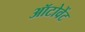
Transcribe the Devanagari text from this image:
ऑटोवेंट